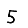
Digit: 5